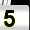
Digit: 5